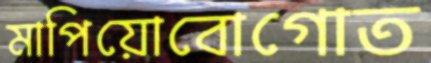
মাপিয়োবোগোত